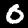
Digit: 0